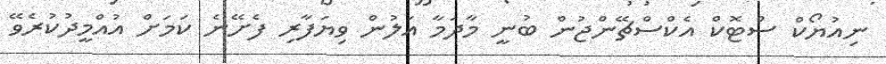
ނިއުޔޯކް ސްޓޮކް އެކްސްޗޭންޖުން ބުނީ މާދަމާ އަލުން ވިޔަފާރި ފެށޭނެ ކަމަށް އުއްމީދުކުރެވޭ